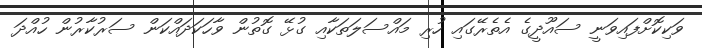
ވަކިކޮށްފައިވަނީ ސައޫދީގެ އެތެރޭގައި ހުރި މައްސަލަތަކާއި ގުޅޭ ގޮތުން ވާހަކަދައްކަން ސަރުކާރުން ހުއްދަ